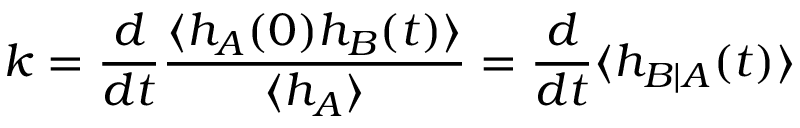
k = \frac { d } { d t } \frac { \langle h _ { A } ( 0 ) h _ { B } ( t ) \rangle } { \langle h _ { A } \rangle } = \frac { d } { d t } \langle h _ { B | A } ( t ) \rangle